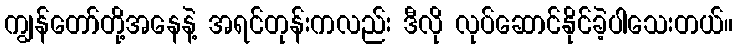
ကျွန်တော်တို့အနေနဲ့ အရင်တုန်းကလည်း ဒီလို လုပ်ဆောင်နိုင်ခဲ့ပါသေးတယ်။